Vaccination report Assam 1874-1896 - 1874-1896
Year: 1874
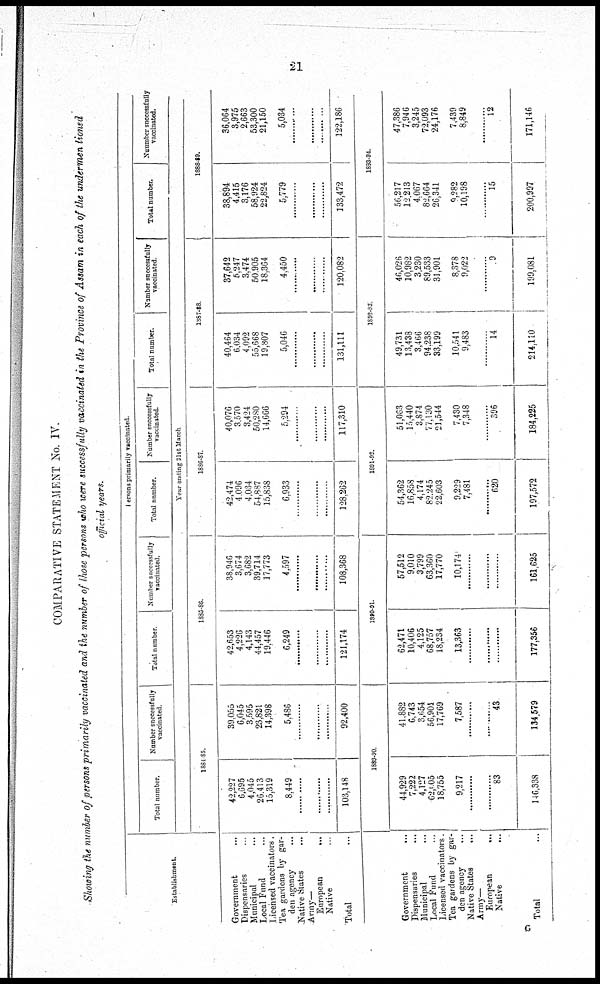
21
COMPARATIVE STATEMENT No. IV.
Showing the number of persons primarily vaccinated and the number of those persons who were successfully vaccinated in the Province of Assam in each of the undermentioned
official years.
Establishment.
Government ...
Dispensaries ...
Municipal ...
Local Fund ...
Licensed vaccinators.
Tea gardens by gar-
den agency ...
Native States ...
Army—
European
...
Native ...
Total ...
Government
...
Dispensaries ...
Municipal ...
Local Fund ...
Licensed vaccinators.
Tea gardens by gar-
den agency
Native States
...
Army—
European
...
Native ...
Total ...
Persons primarily vaccinated.
Total number.
Number successfully
vaccinated
Total number
Number succussfully
vaccinated.
Total number.
Number successfully
vaccinated.
Total number.
Number successfully
vaccinated.
Total number.
Number successfully
vaccinated.
Year ending 31st March
1884-85.
42,227
6,695
4,045
26,413
15,319
8,449
............
............
............
103,148
39,055
6,045
3,595
23,821
14,398
5,486
............
............
............
92,400
1889-90.
44,929
7,222
4,127
62,605
18,755
9,217
............
............
83
146,338
41,882
6,743
3,654
56,901
17,769
7,587
............
............
43
134,579
1885-86.
42,653
4,226
4,143
44,457
19,446
6,249
............
............
............
121,174
38,946
3,674
3,682
39,714
17,773
4,597
............
............
............
108,368
1890-91.
62,471
10,406
4,125
68,757
18,234
13,363
............
............
177,356
57,512
9,010
3,799
63,360
17,770
10,174
............
............
............
161,625
1886-87
42,474
4,096
4,034
54,887
15,838
6,933
............
............
............
128,262
40,076
3,570
3,424
50,280
14,666
5,294
............
............
............
117,310
1891-92.
54,362
16,858
4,174
82,245
22,603
9,229
7,481
............
620
197,572
51,063
15,440
3,874
77,130
21,544
7,430
7,348
............
396
184,225
1887-88
40,464
6,034
4,092
55,668
19,807
5,046
............
............
............
131,111
37,642
5,247
3,474
50,905
18,364
4,450
............
............
............
120,082
1892-93
49,731
13,438
3,466
94,238
33,199
10,541
9,483
............
14
214,110
46,026
10,982
3,230
89,533
31,901
8,378
9,022
............
9
199,081
1888-89.
38,894
4,415
3,176
58,924
22,824
5,779
............
............
............
133,472
36,064
3,975
2,663
53,300
21,150
5,034
............
............
............
122,186
1893-94.
56,217
12,213
4,067
82,664
26,341
9,282
10,198
............
15
200,997
47,386
7,946
3,245
72,093
24,176
7,439
8,849
............
12
171,146
G